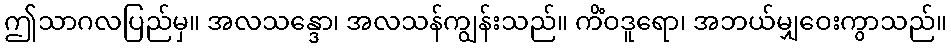
ဤသာဂလပြည်မှ။ အလသန္ဒော၊ အလသန်ကျွန်းသည်။ ကိံဝဒူရော၊ အဘယ်မျှဝေးကွာသည်။